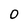
Character: 0